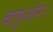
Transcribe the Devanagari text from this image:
बाफुओन।